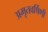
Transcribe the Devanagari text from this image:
अमृतवर्षिणी